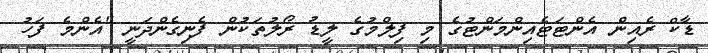
ޑާކް ރެއިން އެންޓަޓެއިންމަންޓުގެ މި ފިލްމުގެ ލީޑު ރޯލުތަކުން ފެނިގެންދަނީ "އެންމެ ފަހު